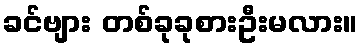
ခင်ဗျား တစ်ခုခုစားဦးမလား။